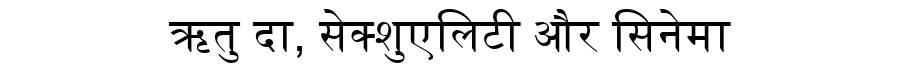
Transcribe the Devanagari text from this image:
ऋतु दा, सेक्शुएलिटी और सिनेमा